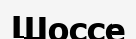
Шоссе